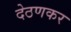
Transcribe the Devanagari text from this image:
देठणकर